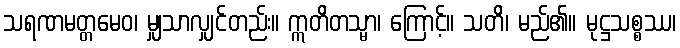
သရဏမတ္တမေဝ၊ မျှသာလျှင်တည်း။ ဣတိတသ္မာ၊ ကြောင့်။ သတိ၊ မည်၏။ မုဋ္ဌသစ္စဿ၊